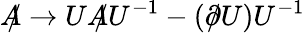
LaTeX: A\! \! \! /\rightarrow UA\! \! \! /U^{-1}-(\partial\! \! \! /U)U^{-1}